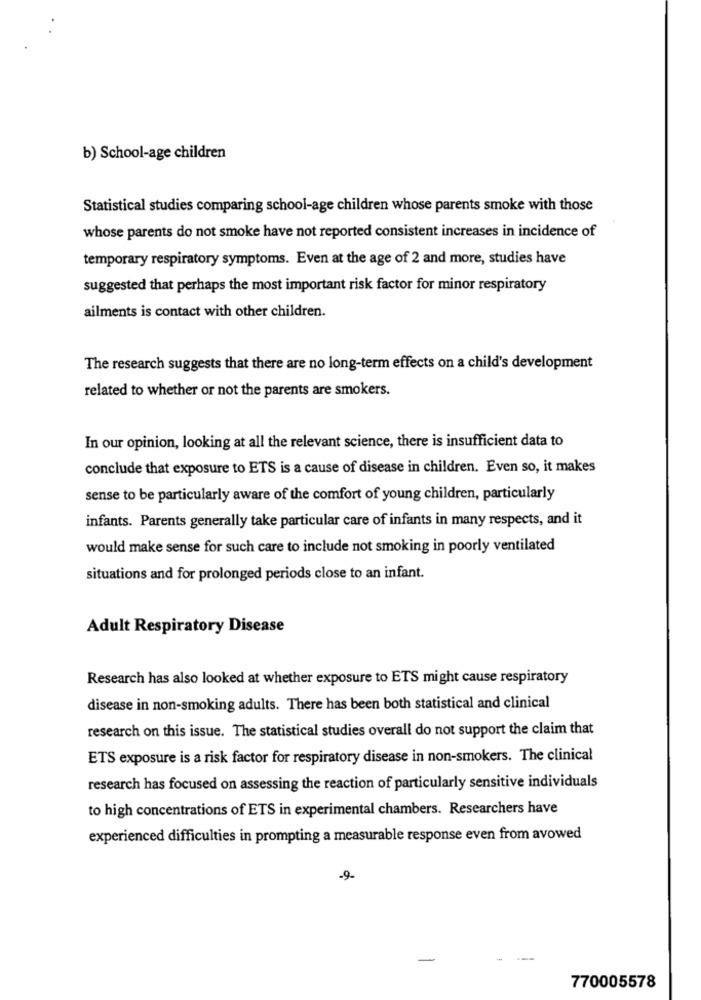
b) School-age children
Statistical studies comparing school-age children whose parents smoke with those
whose parents do not smoke have not reported consistent increases in incidence of
temporary respiratory symptoms. Even at the age of 2 and more, studies have
suggested that perhaps the most important risk factor for minor respiratory
ailments is contact with other children.
The research suggests that there are no long-term effects on a child's development
related to whether or not the parents are smokers.
In our opinion, looking at all the relevant science, there is insufficient data to
conclude that exposure to ETS is a cause of disease in children. Even so, it makes
sense to be particularly aware of the comfort of young children, particularly
infants. Parents generally take particular care of infants in many respects, and it
would make sense for such care to include not smoking in poorly ventilated
situations and for prolonged periods close to an infant.
Adult Respiratory Disease
Research has also looked at whether exposure to ETS might cause respiratory
disease in non-smoking adults. There has been both statistical and clinical
research on this issue. The statistical studies overall do not support the claim that
ETS exposure is a risk factor for respiratory disease in non-smokers. The clinical
research has focused on assessing the reaction of particularly sensitive individuals
to high concentrations of ETS in experimental chambers. Researchers have
experienced difficulties in prompting a measurable response even from avowed
-9-
770005578